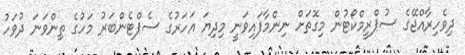
ދިވެހިރާއްޖޭގެ ސުޕްރީމްކޯޓުން މިގޮތަށް ނިންމާފައިވަނީ މިދިޔަ އަހަރުގެ ސެޕްޓެންބަރު މަހުގެ ތިންވަނަ ދުވަހު